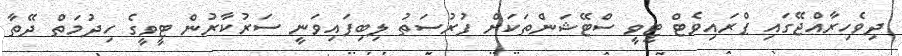
ދިވެހިރާއްޖޭގައި ޕްރައިވެޓް ޓީވީ ސްޓޭޝަންތަކަށް ފުރުސަތު ލިބިފައިވަނީ ސަރުކާރުން ޓީވީގެ ހިދުމަތް ދޭތާ